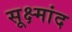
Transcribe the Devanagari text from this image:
सूक्ष्मांद